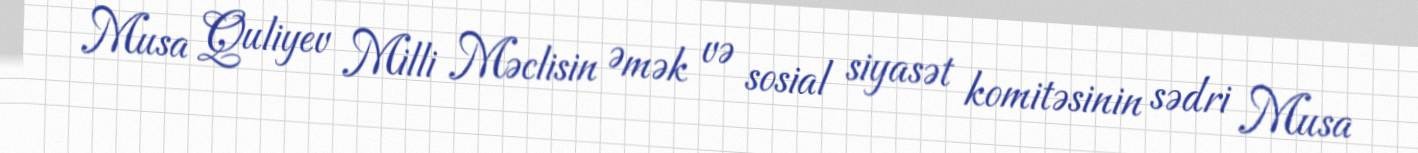
Musa Quliyev Milli Məclisin Əmək və sosial siyasət komitəsinin sədri Musa